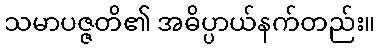
သမာပဇ္ဇတိ၏ အဓိပ္ပာယ်နက်တည်း။